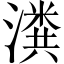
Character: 𬉂